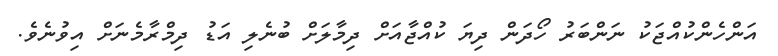
އަންހެންކުއްޖަކު ނަންބަރު ހޯދަން ދިޔަ ކުއްޖާއަށް ދިމާލަށް ބުނެލި އަޑު ދިމްރާމެނަށް އިވުނެވެ.